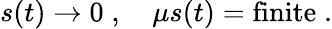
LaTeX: s(t)\to 0\; ,\quad\mu s(t)=\mathrm{finite}\; .